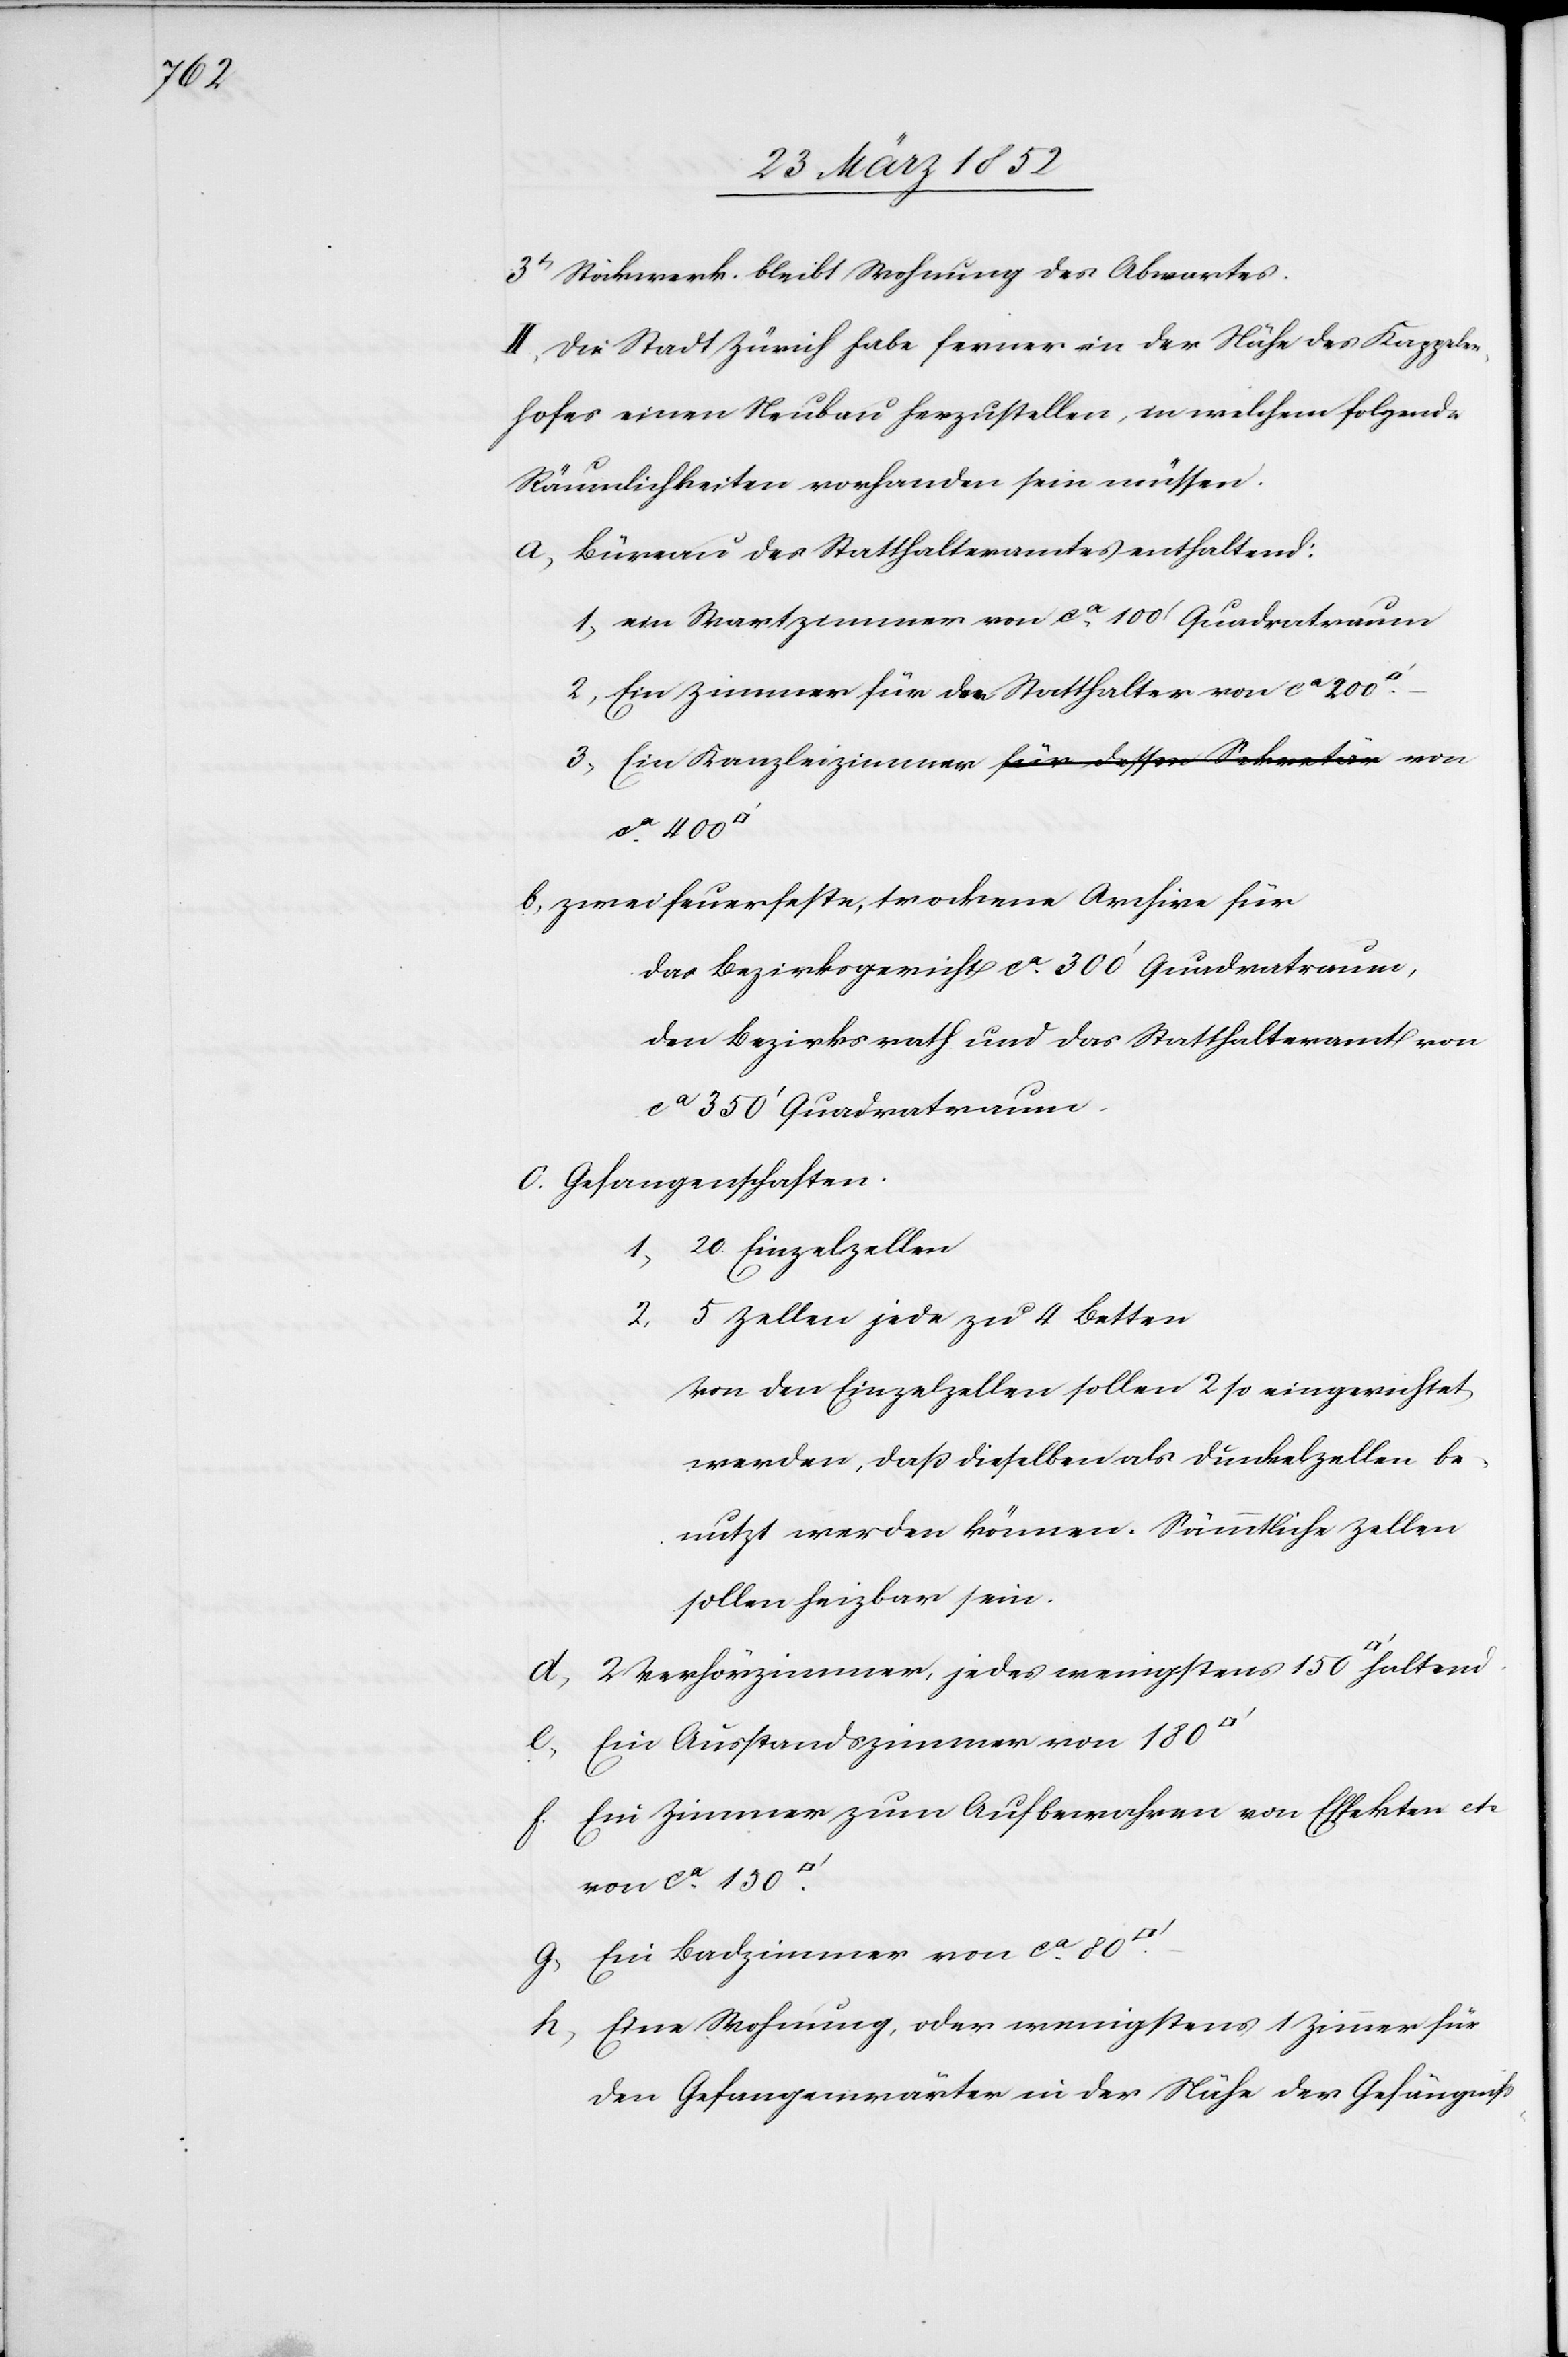
3t Stockwerk bleibt Wohnung des Abwartes.
II. Die Stadt Zürich habe ferner in der Nähe des Kappeler¬
hofes einen Neubau herzustellen, in welchem folgende
Räumlichkeiten vorhanden sein müssen.
a) Büreau des Statthalteramtes enthaltend:
1) ein Wartzimmer von ca 100‘ Quadratraum
2) Ein Zimmer für den Statthalter von ca 200
ca 400
b) zwei feuerfeste, trockene Archive für
das Bezirksgericht ca 300‘ Quadratraum,
den Bezirksrath und das Statthalteramt von
ca 350‘ Quadratraum.
c) Gefangenschaften.
20 Einzelzellen
2) 5 Zellen jede zu 4 Betten
Von den Einzelzellen sollen 2 so eingerichtet
werden, daß dieselben als Dunkelzellen be¬
nutzt werden können. Sämmtliche Zellen
sollen heizbar sein.
d) 2 Verhörzimmer, jedes wenigstens 150 [Quadratfuss]
e) Ein Ausstandszimmer von 180
Ein Zimmer zum Aufbewahren von Effekten etc
von ca 150
g) Ein Bachzimmer von ca 80
h) Eine Wohnung oder wenigstens 1 Zimmer für
den Gefangenwärter in der Nähe der Gefängniß-